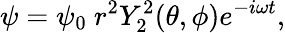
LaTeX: \psi=\psi_{0}~r^{2}Y_{2}^{2}(\theta,\phi)e^{-i\omega t},